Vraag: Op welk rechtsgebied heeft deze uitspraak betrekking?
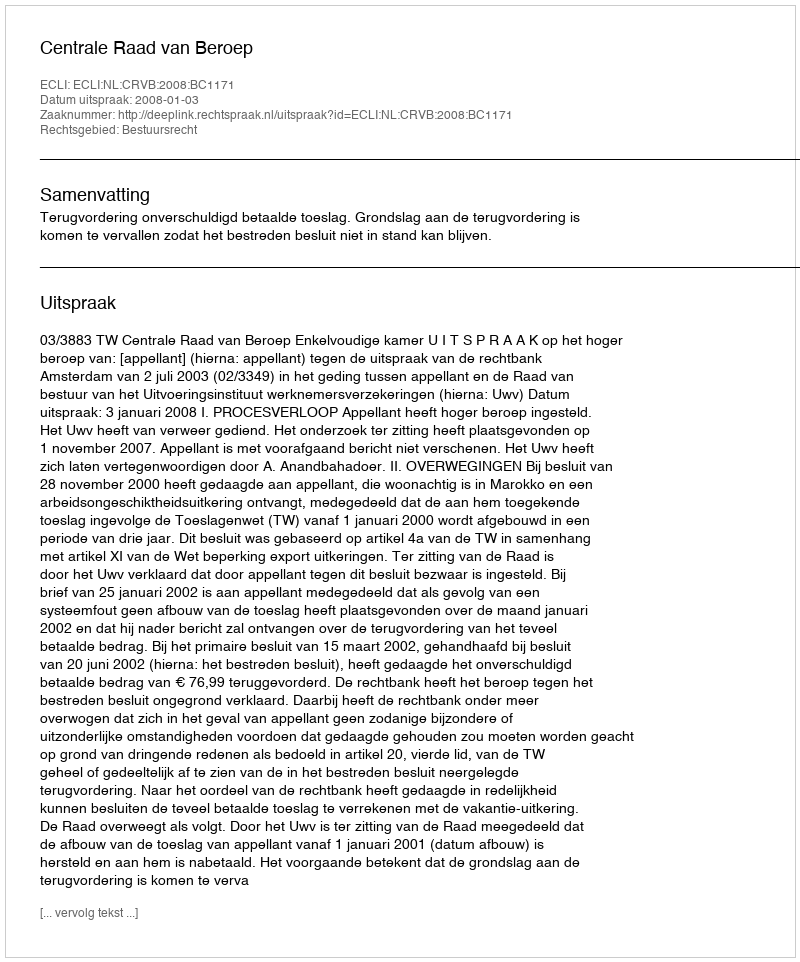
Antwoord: Bestuursrecht